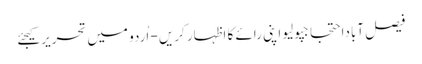
فیصل آباداحتجاجپولیو اپنی رائے کا اظہار کریں - اُردو میں تحریر کیجئے